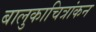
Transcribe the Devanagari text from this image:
बालुकाचित्रांकन